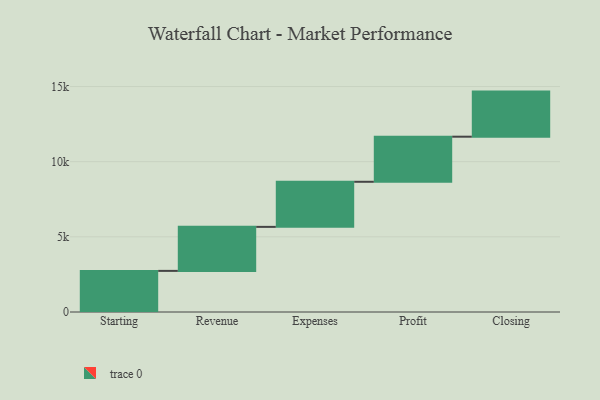
{"axis": {"x": "Step", "y": "Value"}, "legend": [""], "data": [{"x": "Starting", "y": 2736.0, "type": ""}, {"x": "Revenue", "y": 2928.0, "type": ""}, {"x": "Expenses", "y": 3000, "type": ""}, {"x": "Profit", "y": 3000, "type": ""}, {"x": "Closing", "y": 3000, "type": ""}]}